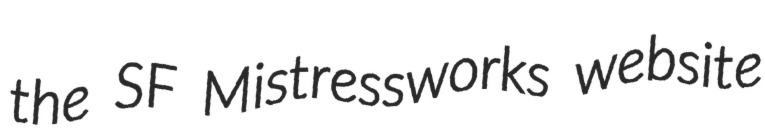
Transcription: the SF Mistressworks website